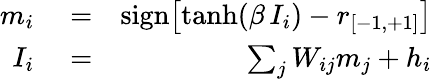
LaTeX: \begin{array}{rlr}{m_{i}}&{{}=}&{\mathrm{sign}{\left[\mathrm{tanh}{\left(\beta\, I_{i}\right)}-r_{[-1,+1]}\right]}}\\ {I_{i}}&{{}=}&{\sum_{j}W_{ij}m_{j}+h_{i}}\end{array}